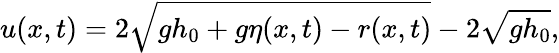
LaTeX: u(x,t)=2\sqrt{gh_{0}+g\eta(x,t)-r(x,t)}-2\sqrt{gh_{0}},